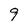
Character: 9